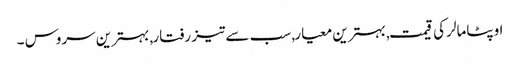
اوپٹامالر کی قیمت, بہترین معیار, سب سے تیز رفتار, بہترین سروس ۔